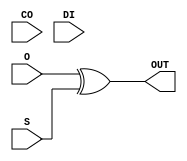
module CARRY_CO_LUT_1(input CO, input O, input S, input DI, output OUT);
assign OUT = O ^ S;
endmodule